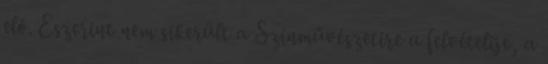
elő. Eszerint nem sikerült a Színművészetire a felvételije, a